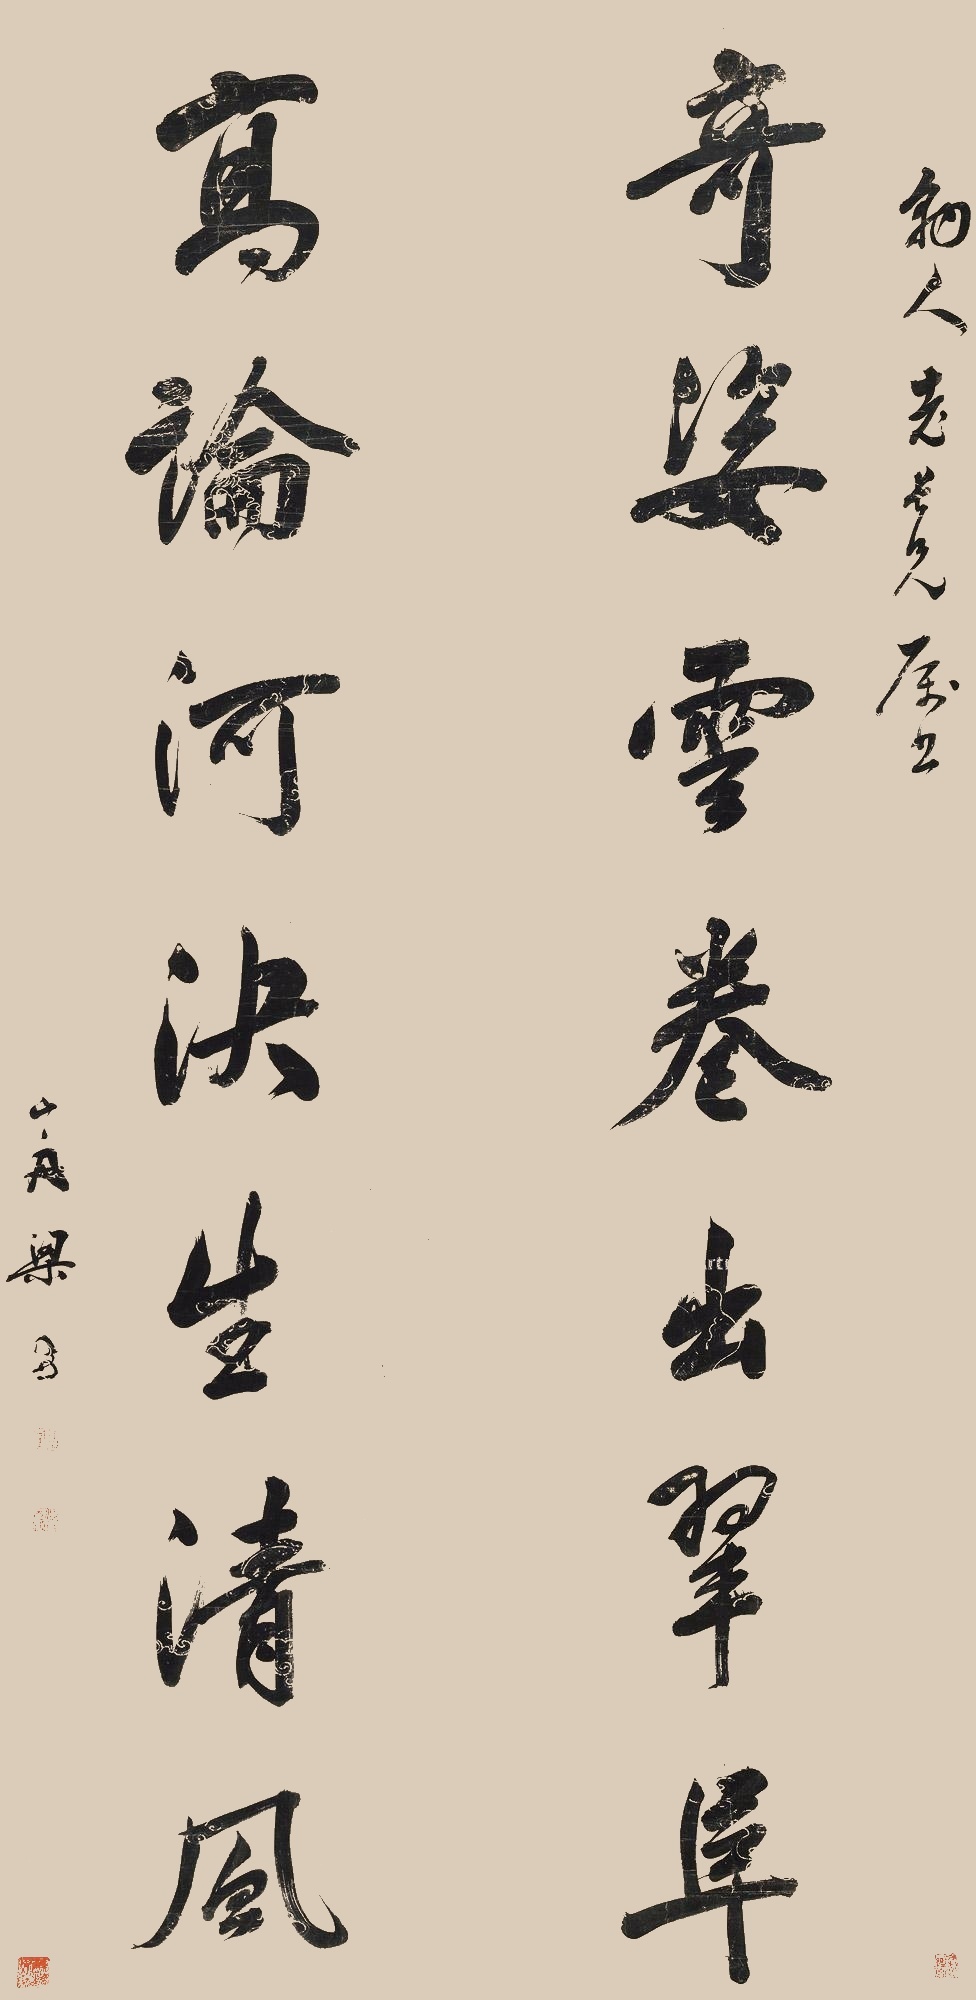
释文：奇姿云卷出翠阜。高论河决生清风。豹人老长兄属书，山舟梁同书。